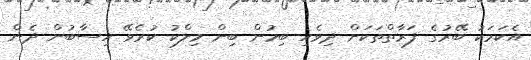
އެކަމަކު ބޭރުގެ ފަރާތްތަކަށް ދިވެހި ބިމުން ބިން މިލްކު ކުރެވޭ ހިސާބުން ދެން